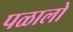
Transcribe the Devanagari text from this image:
पळालो